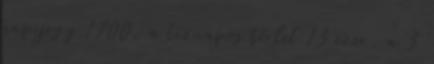
napijegy 1700, a tíznapos bérlet 13 ezer, a 3